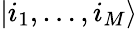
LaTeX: \vert i_{1},\dots,i_{M}\rangle